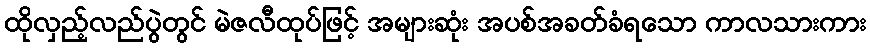
ထိုလှည့်လည်ပွဲတွင် မဲဇလီထုပ်ဖြင့် အများဆုံး အပစ်အခတ်ခံရသော ကာလသားကား